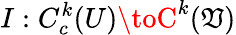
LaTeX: I:C_{c}^{k}(U)\toC^{k}(\mathfrak{V})